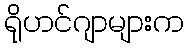
ရိုဟင်ဂျာများက